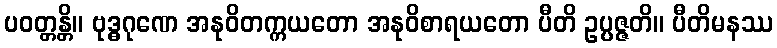
ပဝတ္တန္တိ။ ဗုဒ္ဓဂုဏေ အနုဝိတက္ကယတော အနုဝိစာရယတော ပီတိ ဥပ္ပဇ္ဇတိ။ ပီတိမနဿ